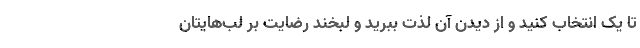
تا یک انتخاب کنید و از دیدن آن لذت ببرید و لبخند رضایت بر لب‌هایتان